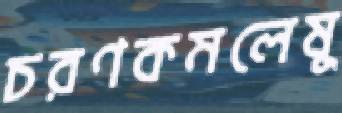
চরণকমলেষু